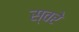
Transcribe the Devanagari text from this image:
स्वरे